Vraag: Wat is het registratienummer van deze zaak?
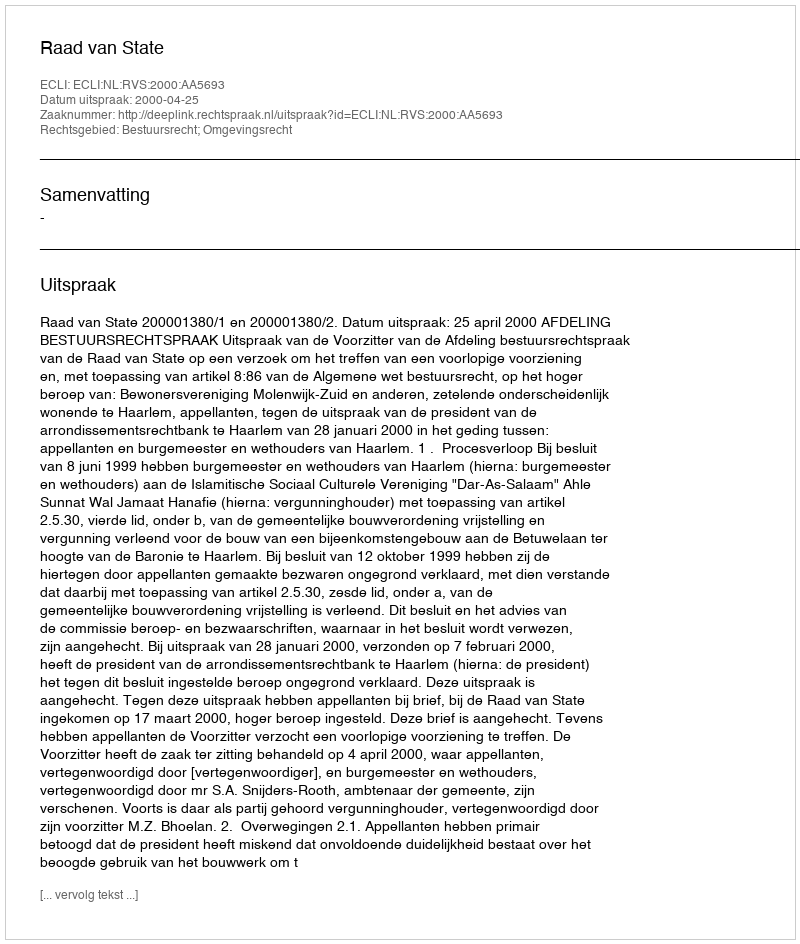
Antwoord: http://deeplink.rechtspraak.nl/uitspraak?id=ECLI:NL:RVS:2000:AA5693